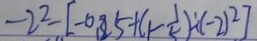
- 2 ^ { 2 } - [ - 0 , 8 5 + ( 1 - \frac { 1 } { 5 } ) \div ( - 2 ) ^ { 2 } ]